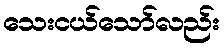
သေးငယ်သော်လည်း